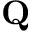
\mathbf { Q }